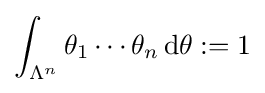
\int _{\Lambda ^{n}}\theta _{1}\cdots \theta _{n}\,\mathrm {d} \theta :=1